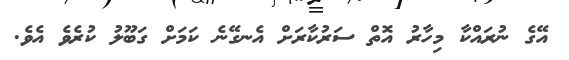
އޭގެ ނުރައްކާ މިހާރު އޮތް ސަރުކާރަށް އެނގޭނެ ކަމަށް ގަބޫލު ކުރެވެ އެވެ.